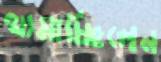
থামাচ্ছিলেন